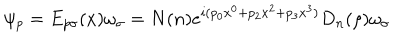
\psi _ { p } = E _ { p \sigma } ( x ) \omega _ { \sigma } = N ( n ) e ^ { i ( p _ { 0 } x ^ { 0 } + p _ { 2 } x ^ { 2 } + p _ { 3 } x ^ { 3 } ) } D _ { n } ( \rho ) \omega _ { \sigma }